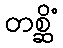
တစ္ဆိံ